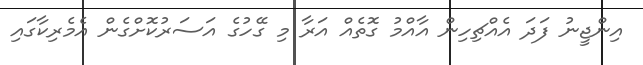
އިންޖީނު ފަދަ އެއްޗިހިން އާއްމު ގޮތެއް އަރާ މި ގޭހުގެ އަސަރުކޮށްގެން އެމެރިކާގައި